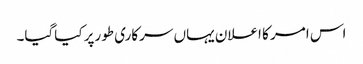
اس امر کا اعلان یہاں سرکاری طورپر کیاگیا۔